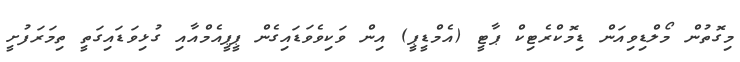
މިގޮތުން މޯލްޑިވިއަން ޑިމޮކްރެޓިކް ޕާޓީ (އެމްޑީޕީ) އިން ވަކިވެވަޑައިގެން ޕީޕީއެމްއާއި ގުޅިވަޑައިގަތީ ތިމަރަފުށީ